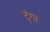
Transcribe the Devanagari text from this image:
टुंगा